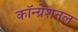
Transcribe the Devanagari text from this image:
कॉन्ग्रेशनल